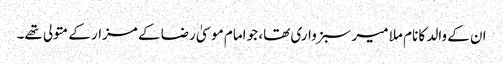
ان کے والد کا نام ملا میر سبزواری تھا، جو امام موسیٰ رضا کے مزار کے متولی تھے۔